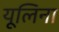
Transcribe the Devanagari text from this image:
यूलिना